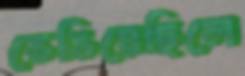
ভেঙিয়েছিলে